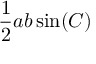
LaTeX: { \frac { 1 } { 2 } } a b \sin ( C )